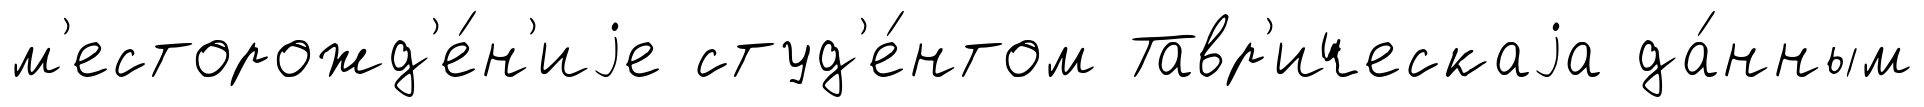
м'есторожд'е́н'иjе студ'е́нтом Тавр'ическаjа да́нным